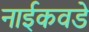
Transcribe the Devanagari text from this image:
नाईकवडे